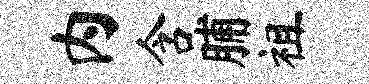
内含脯祖